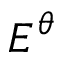
E ^ { \theta }